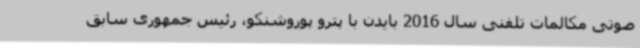
صوتی مکالمات تلفنی سال 2016 بایدن با پترو پوروشنکو، رئیس جمهوری سابق